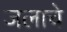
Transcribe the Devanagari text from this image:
जलाचे